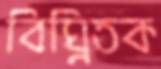
বিঘ্নিতক